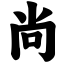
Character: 尚